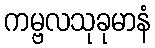
ကမ္ဗလသုခုမာနံ